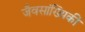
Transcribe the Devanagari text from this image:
जैवसांख्यिकी